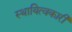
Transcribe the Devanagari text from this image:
स्थायित्वकारी